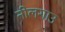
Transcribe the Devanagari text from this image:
नीलगाउ